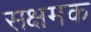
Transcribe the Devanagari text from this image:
सक्षमक